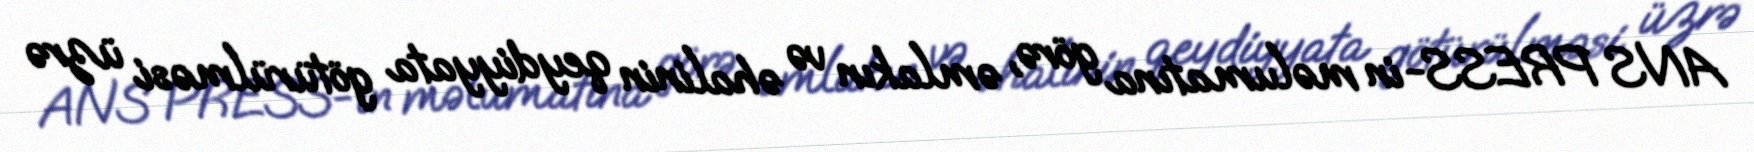
ANS PRESS-in məlumatına görə, əmlakın və əhalinin qeydiyyata götürülməsi üzrə